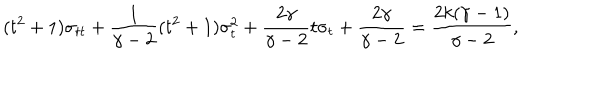
LaTeX: ( t ^ { 2 } + 1 ) \sigma _ { t t } + { \frac { 1 } { \gamma - 2 } } ( t ^ { 2 } + 1 ) \sigma _ { t } ^ { 2 } + { \frac { 2 \gamma } { \gamma - 2 } } t \sigma _ { t } + { \frac { 2 \gamma } { \gamma - 2 } } = { \frac { 2 k ( \gamma - 1 ) } { \gamma - 2 } } ,